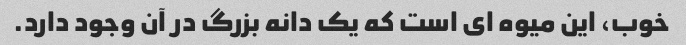
خوب، این میوه ای است که یک دانه بزرگ در آن وجود دارد.